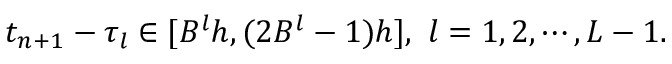
\begin{array} { r } { t _ { n + 1 } - \tau _ { l } \in [ B ^ { l } h , ( 2 B ^ { l } - 1 ) h ] , \ l = 1 , 2 , \cdots , L - 1 . } \end{array}